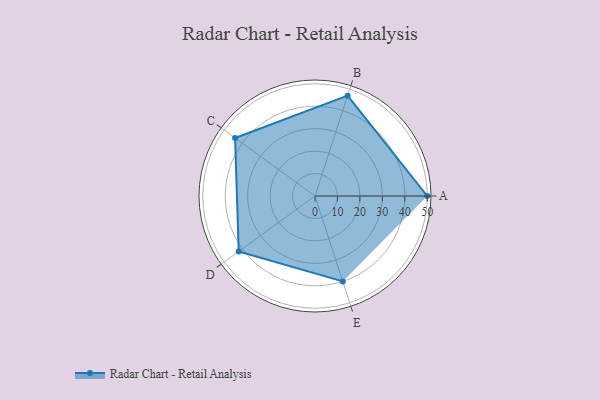
{"axis": {"x": "Skill", "y": "Score"}, "legend": ["Profile"], "data": [{"x": "A", "y": 50.0, "type": "Profile"}, {"x": "B", "y": 47.0, "type": "Profile"}, {"x": "C", "y": 44.0, "type": "Profile"}, {"x": "D", "y": 42.0, "type": "Profile"}, {"x": "E", "y": 40.0, "type": "Profile"}]}